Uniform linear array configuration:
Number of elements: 16
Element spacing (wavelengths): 0.25
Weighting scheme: exponential
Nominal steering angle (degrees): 60
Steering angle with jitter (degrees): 60.065
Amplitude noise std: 0.05
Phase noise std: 0.05

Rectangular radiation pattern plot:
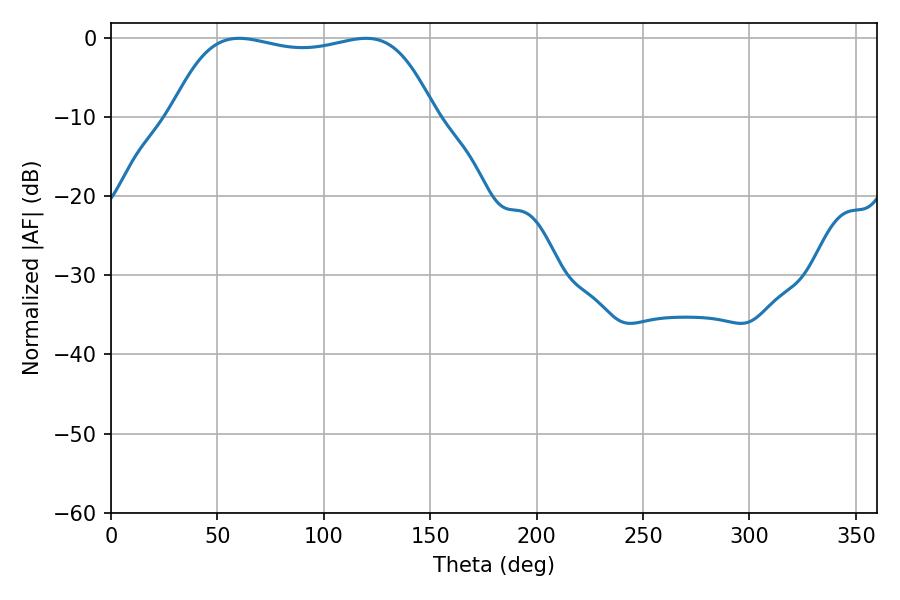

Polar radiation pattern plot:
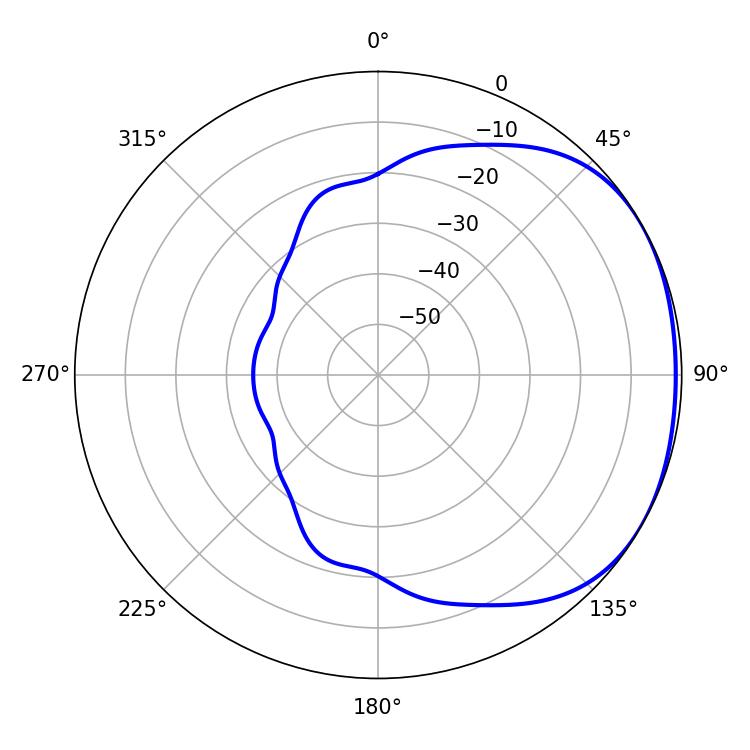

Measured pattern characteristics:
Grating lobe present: FALSE
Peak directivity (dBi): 1.585
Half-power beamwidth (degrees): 98.64
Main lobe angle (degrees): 60.12